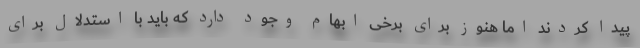
پیدا کردند اما هنوز برای برخی ابهام وجود دارد که باید با استدلال برای